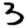
Digit: 3